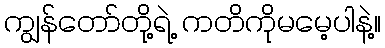
ကျွန်တော်တို့ရဲ့ ကတိကိုမမေ့ပါနဲ့။